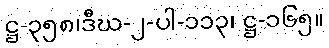
ဋ္ဌ-၃၅၈၊ဒီဃ-၂-ပါ-၁၁၃၊ ဋ္ဌ-၁၆၅။